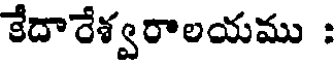
కేదారేశ్వరాలయము :